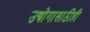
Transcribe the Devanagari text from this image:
उद्योगासाठीही